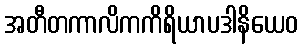
အတီတကာလိကကိရိယာပဒါနိယေဝ